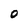
Character: O